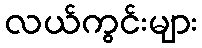
လယ်ကွင်းများ